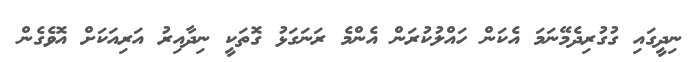
ނިދީގައި ގުގުރިދެމޭނަމަ އެކަން ހައްލުކުރަން އެންމެ ރަނަގަޅު ގޮތަކީ ނިދާއިރު އަރިއަކަށް އޮވެގެން